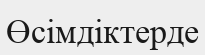
Өсімдіктерде